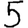
Digit: 5